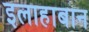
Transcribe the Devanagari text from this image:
इलाहाबान